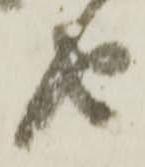
由